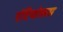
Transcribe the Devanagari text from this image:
एंटियोकस